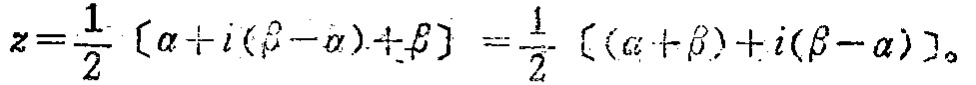
\(z=\frac{1}{2} [\alpha +i(\beta -\alpha)+\beta ] =\frac{1}{2} [(\alpha +\beta)+i(\beta -\alpha) ]。\)